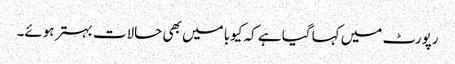
رپورٹ میں کہا گیا ہے کہ کیوبا میں بھی حالات بہتر ہوئے۔